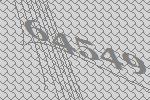
64549